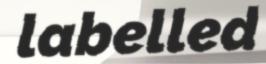
labelled